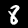
Label: 8